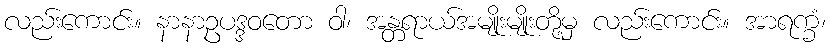
လည်းကောင်း။ နာနာဥပဒ္ဒဝတော ဝါ၊ အန္တရာယ်အမျိုးမျိုးတို့မှ လည်းကောင်း။ အာရက္ခံ၊